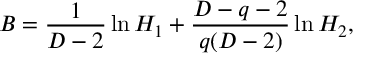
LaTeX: B = \frac { 1 } { D - 2 } \ln H _ { 1 } + \frac { D - q - 2 } { q ( D - 2 ) } \ln H _ { 2 } ,